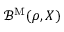
\mathcal { B } ^ { \mathrm { M } } ( \rho , X )